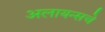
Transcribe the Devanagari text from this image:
अलायन्सचे